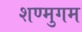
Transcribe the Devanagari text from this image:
शण्मुगम